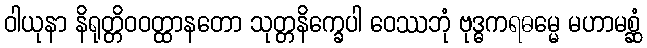
ဝါယုနာ နိရုတ္တိဝဝတ္ထာနတော သုတ္တနိက္ခေပါ ဝေဿဘုံ ဗုဒ္ဓကရဓမ္မေ မဟာမစ္ဆံ